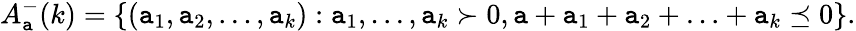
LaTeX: A_{\mathtt{a}}^{-}(k)=\{ (\mathtt{a}_{1},\mathtt{a}_{2},\ldots,\mathtt{a}_{k}):\mathtt{a}_{1},\ldots,\mathtt{a}_{k}\succ0,\mathtt{a}+\mathtt{a}_{1}+\mathtt{a}_{2}+\ldots+\mathtt{a}_{k}\preceq0\} .